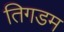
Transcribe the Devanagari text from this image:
तिगडम